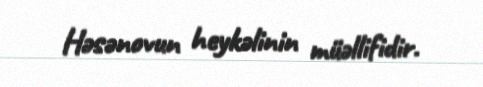
Həsənovun heykəlinin müəllifidir.